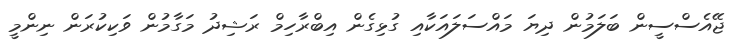
ޖޭއެސްސީން ބަލަމުން ދިޔަ މައްސަލައަކާއި ގުޅިގެން އިބްރާހިމް ރަޝިދު މަގާމުން ވަކިކުރަން ނިންމީ